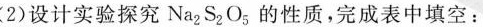
设计实验探Na_{2}S_{2}O_{5}的性质，完成表中填空：